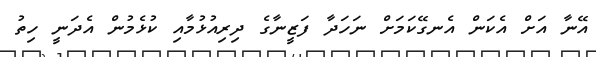
އޭނާ އަށް އެކަން އެނގޭކަމަށް ނަހަދާ ފަޒީނާގެ ދިރިއުޅުމާއި ކުޅެމުން އެދަނީ ހިތު